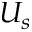
U _ { s }